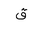
Letter: _qaf